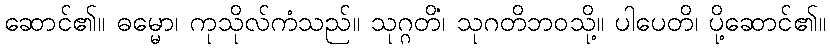
ဆောင်၏။ ဓမ္မော၊ ကုသိုလ်ကံသည်။ သုဂ္ဂတိံ၊ သုဂတိဘဝသို့။ ပါပေတိ၊ ပို့ဆောင်၏။